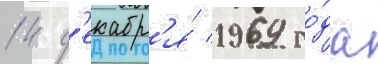
14 д'екабр'я́ 1969 го́да